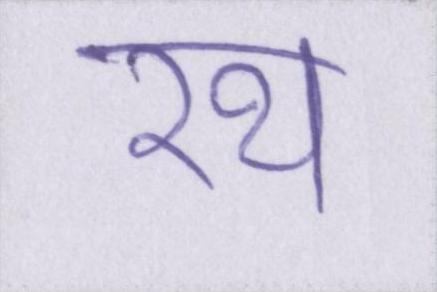
रथ